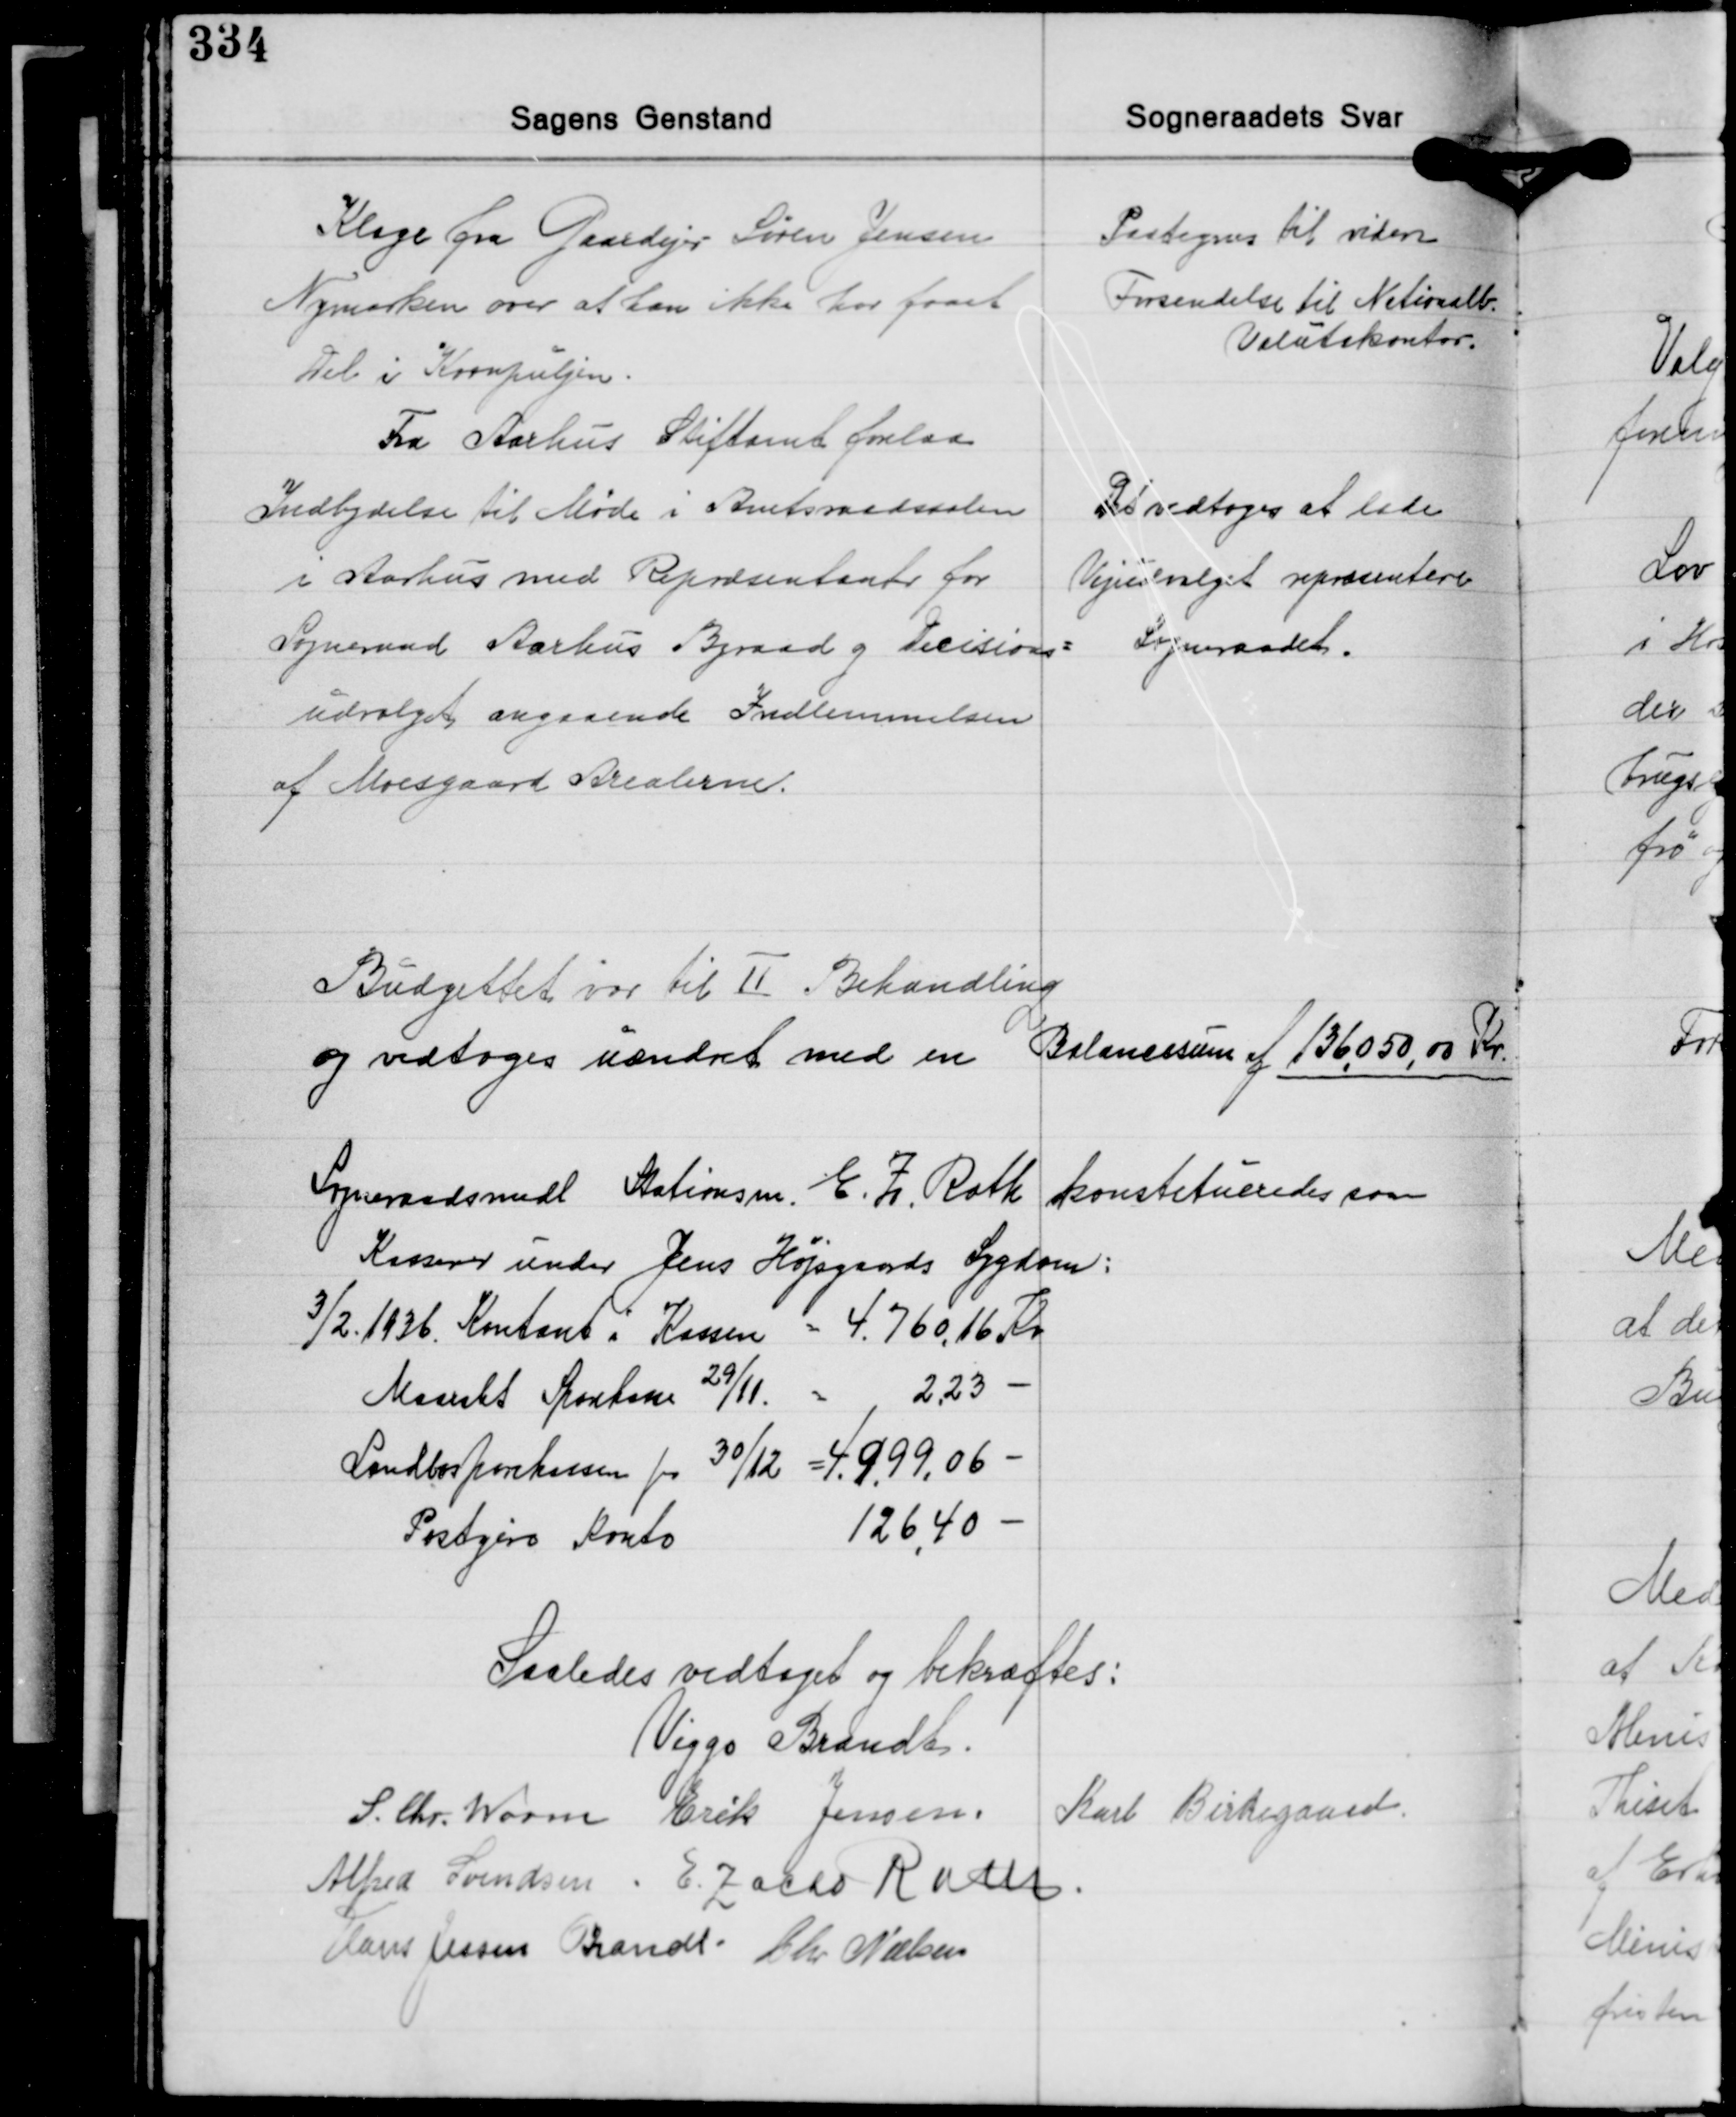
Transskription:
Klage fra Gaardejer Søren Jensen
Nymarken over at han ikke har faaet
Del i Kornpuljen.

Paategnes til videre
Forsendelse til Nationalb.
Valutakontor.

Fra Aarhus Stiftamt forelaa
Indbydelse til Møde i Amtsraadssalen
i Aarhus med Repræsentanter for
Sogneraad Aarhus Byraad og Decisions-
udvalget angaaende Indlemmelsen
af Moesgaard Arealerne.

Det vedtoges at lade
Vejudvalget repræsentere
Sogneraadet.

Budgettet var til Ⅱ Behandling
og vedtoges uændret med en  Balancesum af 136.050,00 Kr.

Sogneraadsmedl Stationsm. E. Z. Rath konstitueredes som
Kasserer under Jens Højsgaards Sygdom:
3/2. 1936. Kontant i Kassen = 4.760,16 Kr.
Maarslet Sparekasse 29/11 = 2,23 -
Landbosparekassen pr. 30/12 = 4.999,06 -
Postgiro Konto
126,40 -

Saaledes vedtaget og bekræftes:
Viggo Brandt
Karl Birkegaard
S. Chr. Worm Erik Jensen
Alfred Svendsen E. Zacho Rath
Hans Jessen Brandt Chr. Nielsen